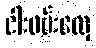
ငါးဖမ်းလှေ